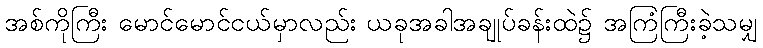
အစ်ကိုကြီး မောင်မောင်ငယ်မှာလည်း ယခုအခါအချုပ်ခန်းထဲ၌ အကြံကြီးခဲ့သမျှ